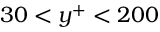
3 0 < y ^ { + } < 2 0 0